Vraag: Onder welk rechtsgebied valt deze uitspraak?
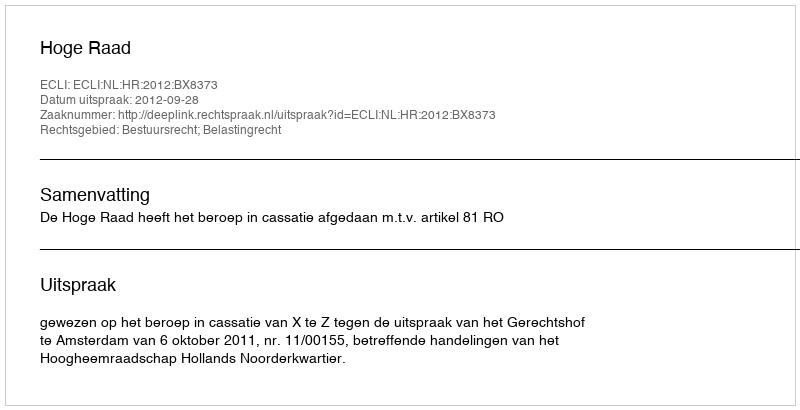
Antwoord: Bestuursrecht; Belastingrecht